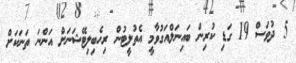
5 ދުވަސް 19 ގަޑި ކުރިން ބައިނަލްއަގުވާމީ އެތުލީޓުން ރިހެބިލިޓޭޝަނަށް އަންނަ ތަނަކަށް